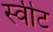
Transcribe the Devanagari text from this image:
स्‍वीट